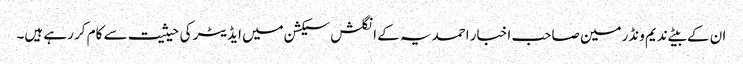
ان کے بیٹے ندیم ونڈرمین صاحب اخبار احمدیہ کے انگلش سیکشن میں ایڈیٹر کی حیثیت سے کام کر رہے ہیں۔